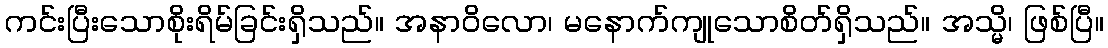
ကင်းပြီးသောစိုးရိမ်ခြင်းရှိသည်။ အနာဝိလော၊ မနောက်ကျုသောစိတ်ရှိသည်။ အသ္မိ၊ ဖြစ်ပြီ။